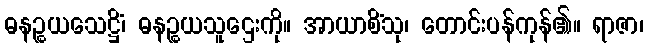
ဓနဉ္စယသေဋ္ဌိံ၊ ဓနဉ္စယသူဌေးကို။ အာယာစိံသု၊ တောင်းပန်ကုန်၏။ ရာဇာ၊